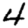
Digit: 4